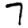
Digit: 7